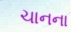
ચાનના